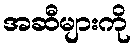
အဆီများကို